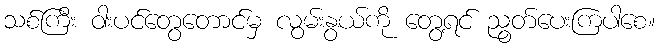
သစ်ကြီး ဝါးပင်တွေတောင်မှ လွမ်းနွယ်ကို တွေ့ရင် ညွတ်ပေးကြပါစေ။